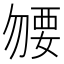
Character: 𧟰